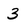
Character: 3